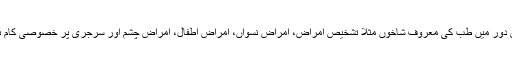
اس دور میں طب کی معروف شاخوں مثلا تشخیصِ اَمراض، اَمراضِ نسواں، اَمراضِ اَطفال، امراضِ چشم اور سرجری پر خصوصی کام ہوا۔